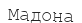
Мадона